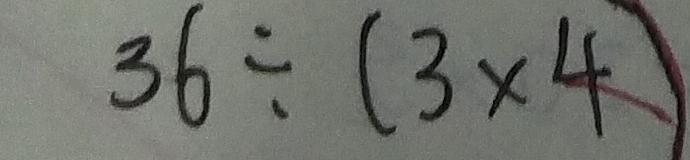
3 6 \div ( 3 \times 4 )